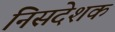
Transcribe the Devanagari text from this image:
निसदेशक